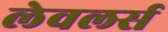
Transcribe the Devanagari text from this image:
लेवलर्स